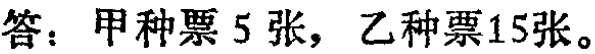
答：甲种票 5 张，乙种票15张。